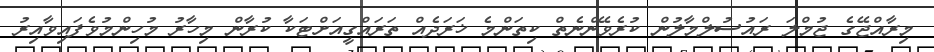
މިރާއްޖޭގެ ޖުމްލަ ރައުސުލްމާލުން ކުރެވޭންނެތް ކިތަންމެ ޚަރަދެއް ތަރައްގީއަށްޓަކާ ކުރާން މިހާރު މުހިންމުވެފައިވާއިރު